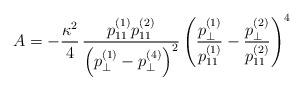
LaTeX: \begin{align*}A = - \frac{\kappa^2}{4} \, \frac{ p^{(1)}_{11} p^{(2)}_{11}}{ \left( p^{(1)}_\perp - p^{(4)}_\perp\right)^2 } \left( \frac{p^{(1)}_\perp}{p^{(1)}_{11}} - \frac{p^{(2)}_\perp}{p^{(2)}_{11}}\right)^4\end{align*}